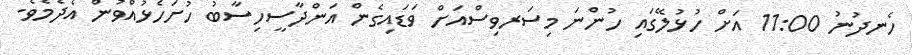
ހެނދުނު 11:00 އަށް ހުޅުލޭގައި ހުންނަ މިސަރވިސްއަށް ވަޑައިގެން އަންދާސީހިސާބު ހުށަހެޅުއްވުން އެދެމެވެ.